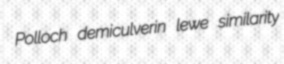
Polloch demiculverin lewe similarity